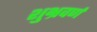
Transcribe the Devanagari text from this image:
शुभ्रवर्ण